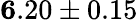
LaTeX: {\mathbf 6.20\pm 0.15}